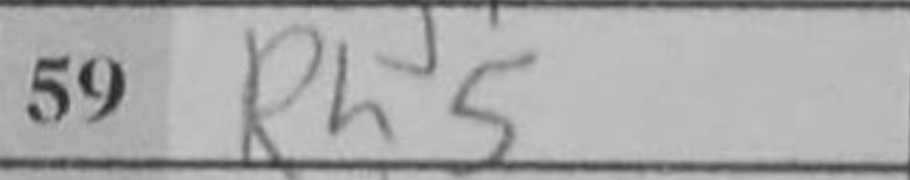
Transcription: Rh5